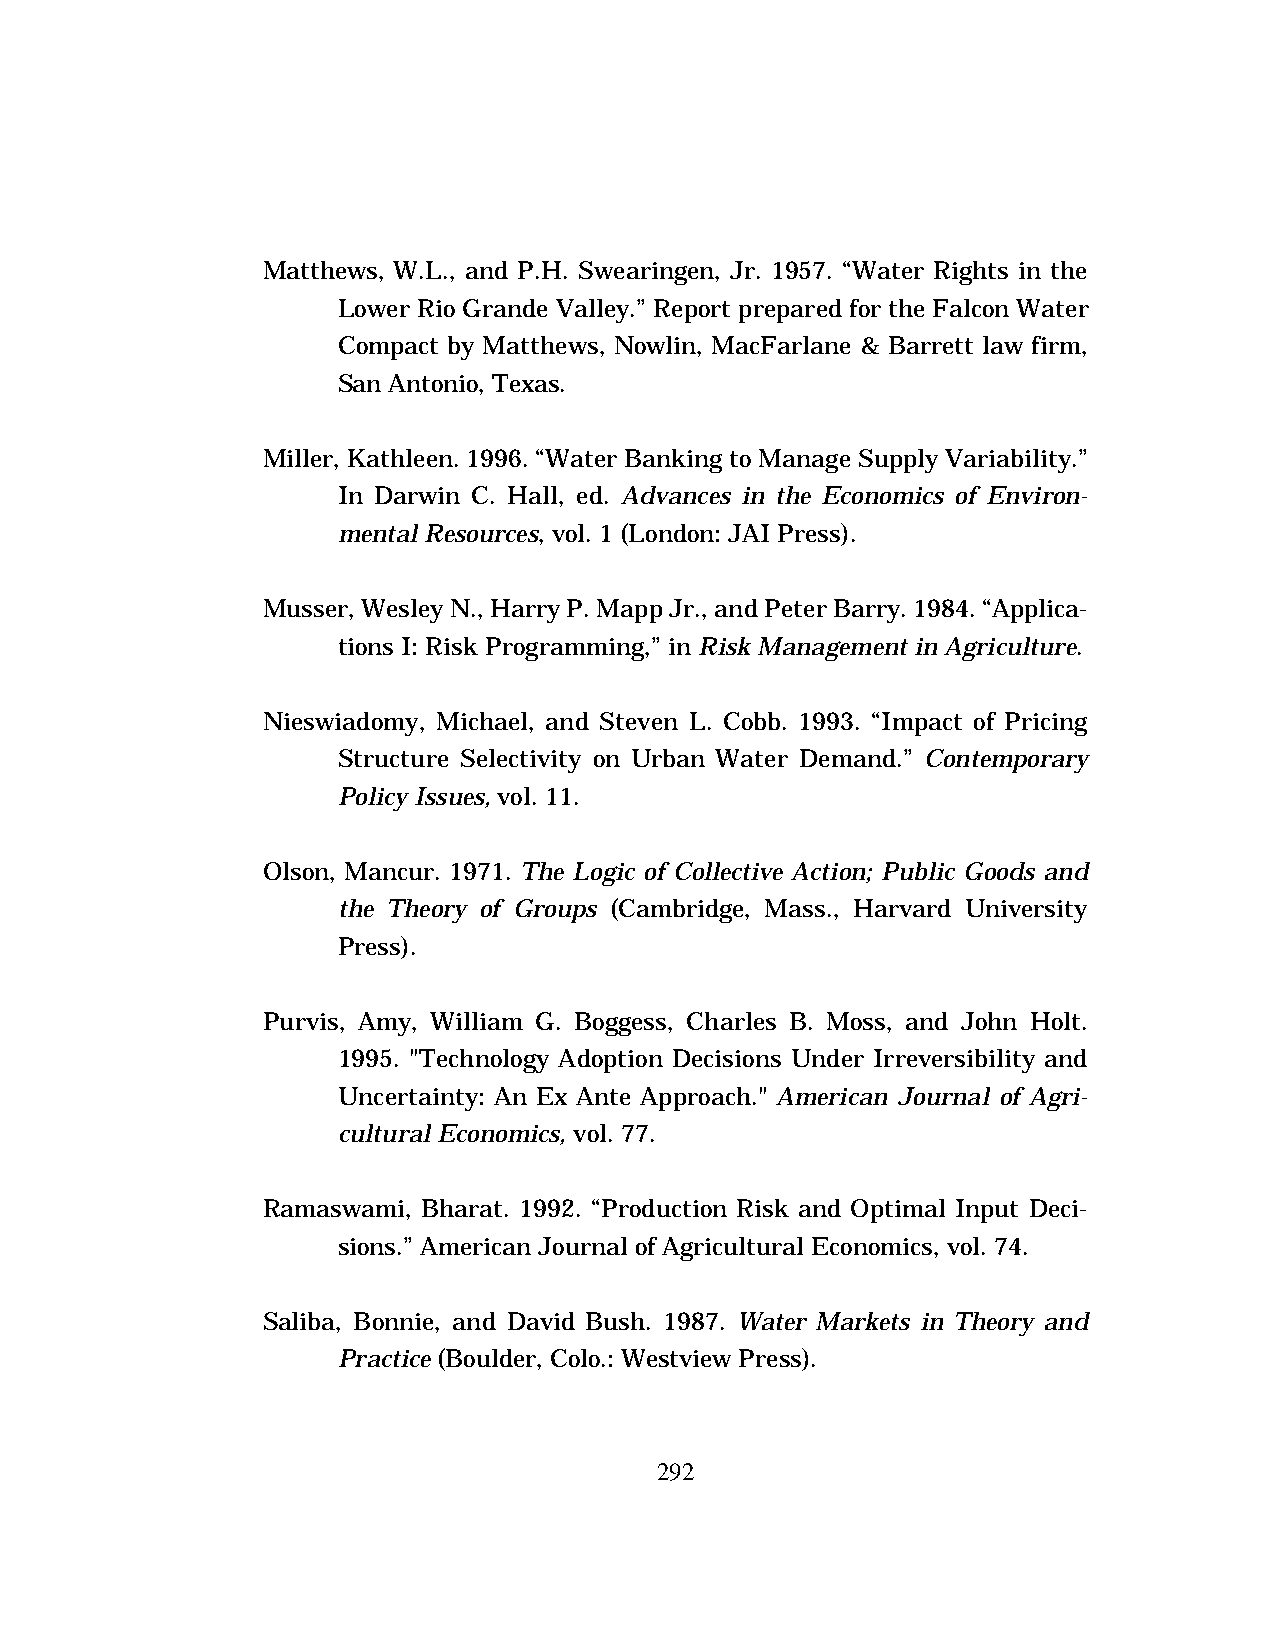
Matthews, W.L., and P.H. Swearingen, Jr. 1957. “Water Rights in the
 Lower Rio Grande Valley.” Report prepared for the Falcon Water
 Compact by Matthews, Nowlin, MacFarlane & Barrett law firm,
 San Antonio, Texas.
 Miller, Kathleen. 1996. “Water Banking to Manage Supply Variability.”
 In Darwin C. Hall, ed. Advances in the Economics of Environ-
 mental Resources, vol. 1 (London: JAI Press).
 Musser, Wesley N., Harry P. Mapp Jr., and Peter Barry. 1984. “Applica-
 tions I: Risk Programming,” in Risk Management in Agriculture.
 Nieswiadomy, Michael, and Steven L. Cobb. 1993. “Impact of Pricing
 Structure Selectivity on Urban Water Demand.” Contemporary
 Policy Issues, vol. 11.
 Olson, Mancur. 1971. The Logic of Collective Action; Public Goods and
 the Theory of Groups (Cambridge, Mass., Harvard University
 Press).
 Purvis, Amy, William G. Boggess, Charles B. Moss, and John Holt.
 1995. "Technology Adoption Decisions Under Irreversibility and
 Uncertainty: An Ex Ante Approach." American Journal of Agri-
 cultural Economics, vol. 77.
 Ramaswami, Bharat. 1992. “Production Risk and Optimal Input Deci-
 sions.” American Journal of Agricultural Economics, vol. 74.
 Saliba, Bonnie, and David Bush. 1987. Water Markets in Theory and
 Practice (Boulder, Colo.: Westview Press).
 292